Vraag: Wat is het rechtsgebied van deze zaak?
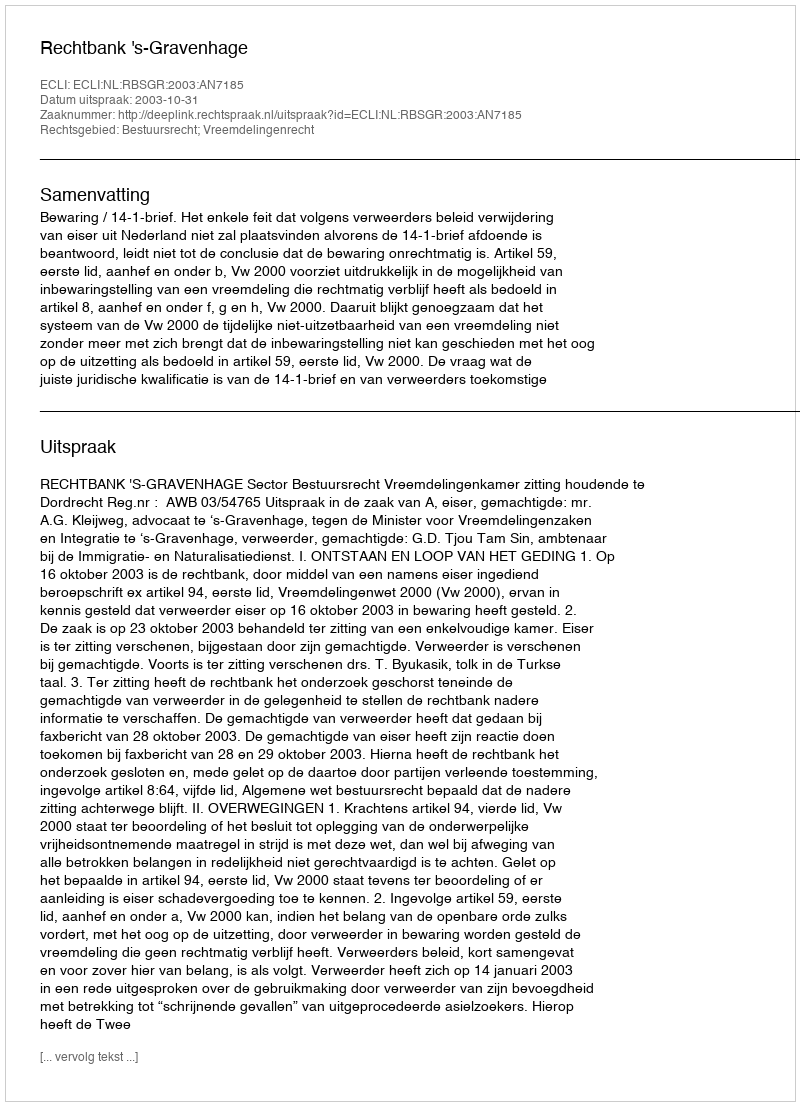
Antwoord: Bestuursrecht; Vreemdelingenrecht